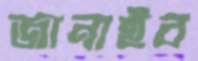
জানাইব